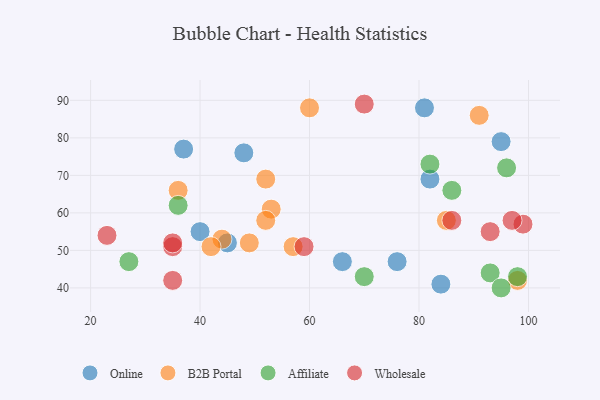
{"axis": {"x": "GDP", "y": "Life Expectancy"}, "legend": ["Affiliate", "B2B Portal", "Online", "Wholesale"], "data": [{"x": "76", "y": 47, "type": "Online"}, {"x": "40", "y": 55, "type": "Online"}, {"x": "95", "y": 79, "type": "Online"}, {"x": "81", "y": 88, "type": "Online"}, {"x": "66", "y": 47, "type": "Online"}, {"x": "48", "y": 76, "type": "Online"}, {"x": "84", "y": 41, "type": "Online"}, {"x": "45", "y": 52, "type": "Online"}, {"x": "82", "y": 69, "type": "Online"}, {"x": "37", "y": 77, "type": "Online"}, {"x": "85", "y": 58, "type": "B2B Portal"}, {"x": "44", "y": 53, "type": "B2B Portal"}, {"x": "98", "y": 42, "type": "B2B Portal"}, {"x": "60", "y": 88, "type": "B2B Portal"}, {"x": "53", "y": 61, "type": "B2B Portal"}, {"x": "42", "y": 51, "type": "B2B Portal"}, {"x": "49", "y": 52, "type": "B2B Portal"}, {"x": "36", "y": 66, "type": "B2B Portal"}, {"x": "52", "y": 58, "type": "B2B Portal"}, {"x": "57", "y": 51, "type": "B2B Portal"}, {"x": "52", "y": 69, "type": "B2B Portal"}, {"x": "91", "y": 86, "type": "B2B Portal"}, {"x": "82", "y": 73, "type": "Affiliate"}, {"x": "70", "y": 43, "type": "Affiliate"}, {"x": "27", "y": 47, "type": "Affiliate"}, {"x": "98", "y": 43, "type": "Affiliate"}, {"x": "86", "y": 66, "type": "Affiliate"}, {"x": "93", "y": 44, "type": "Affiliate"}, {"x": "36", "y": 62, "type": "Affiliate"}, {"x": "95", "y": 40, "type": "Affiliate"}, {"x": "96", "y": 72, "type": "Affiliate"}, {"x": "35", "y": 42, "type": "Wholesale"}, {"x": "35", "y": 51, "type": "Wholesale"}, {"x": "35", "y": 52, "type": "Wholesale"}, {"x": "70", "y": 89, "type": "Wholesale"}, {"x": "93", "y": 55, "type": "Wholesale"}, {"x": "23", "y": 54, "type": "Wholesale"}, {"x": "99", "y": 57, "type": "Wholesale"}, {"x": "86", "y": 58, "type": "Wholesale"}, {"x": "97", "y": 58, "type": "Wholesale"}, {"x": "59", "y": 51, "type": "Wholesale"}]}